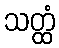
သတ္ထံ